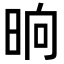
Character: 晌